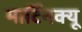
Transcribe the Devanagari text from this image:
मार्टिनक्यू